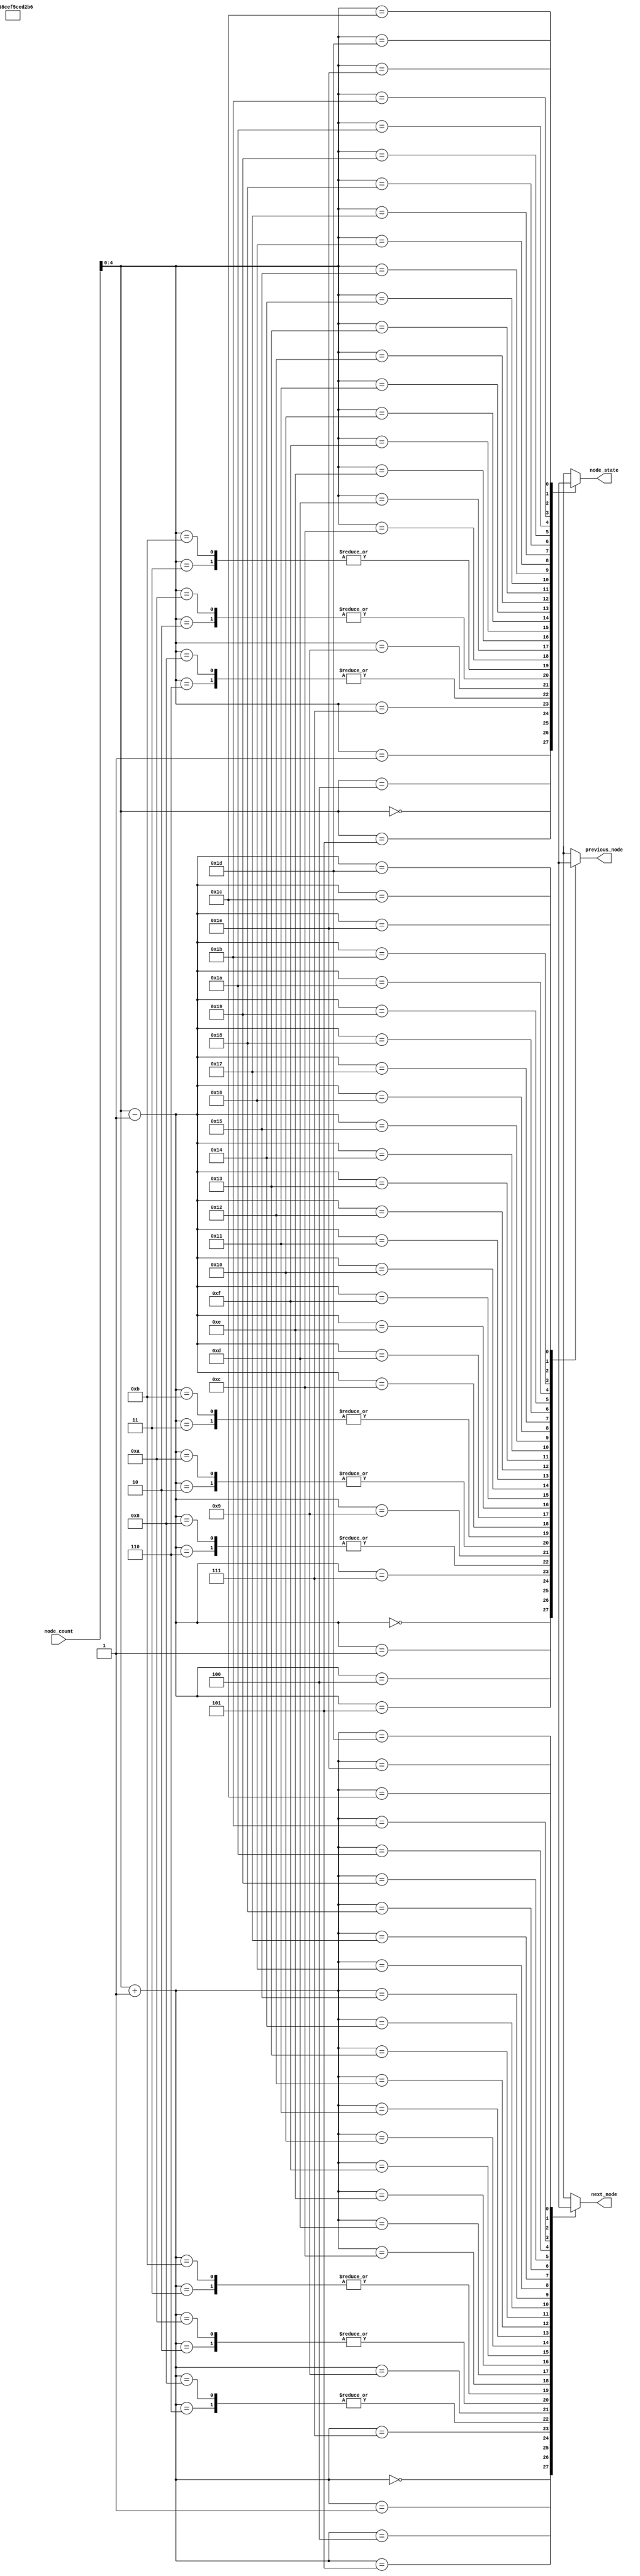
module array(
	//input clk_3125k,
	input wire [7:0] node_count,
	output reg [4:0]previous_node,
	output reg [4:0]next_node,
	output reg [4:0]node_state

);

//module array;

parameter n = 30;
wire [4:0] node [0:n];

//[0,1,29,20,24,25,26,27,26,28,29,20,21,22]

assign  node[0] = 0;
assign  node[1] = 1;
assign  node[2] = 29;
assign  node[3] = 20;
assign  node[4] = 24;
assign  node[5] = 25;
assign  node[6] = 26;
assign  node[7] = 27;
assign  node[8] = 26;
assign  node[9] = 28;
assign  node[10] = 29;
assign  node[11] = 20;
assign  node[12] = 21;
assign  node[13] = 22;

always@*
	begin
		node_state <= node[node_count];
		previous_node <= node[node_count-1];
		next_node <= node[node_count+1];
	
	end

endmodule